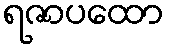
ရဇာပထော